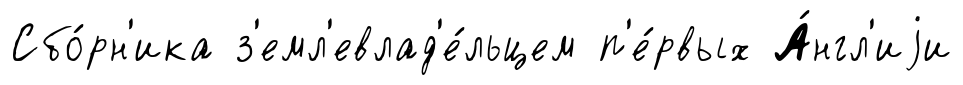
Сбо́рн'ика з'емл'евлад'е́льцем п'е́рвых А́нгл'иjи